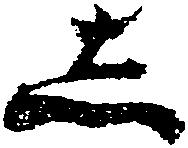
し